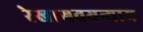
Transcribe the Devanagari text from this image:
रेखागवयन्याय